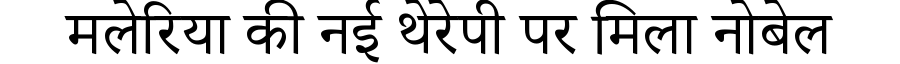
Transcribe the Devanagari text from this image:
मलेरिया की नई थेरेपी पर मिला नोबेल